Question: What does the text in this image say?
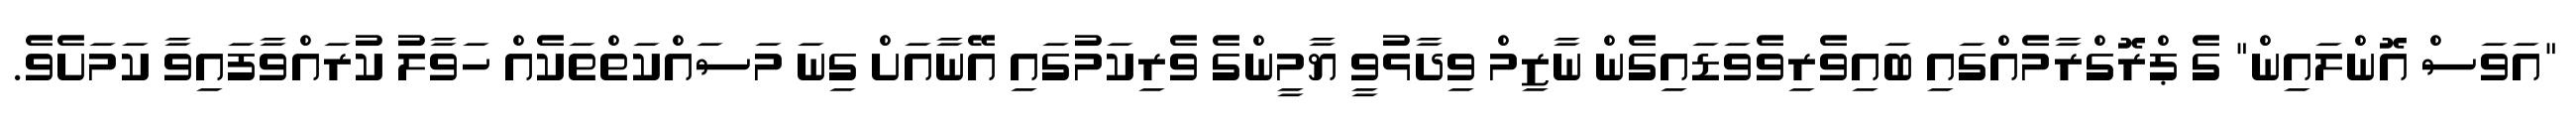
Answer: "އަވަސް އޮންލައިން" ގެ ޕްރޮގްރާމެއްގައި ބައިވެރިވެވަޑައިގެން ނާޒިމް ވިދާޅުވީ ޔާމީންގެ ވެރިކަމުގައި އޭނާއަށް ގިނަ މަސައްކަތްތަކެއް ހަވާލު ކުރައްވާފައިވާ ކަމަށެވެ.